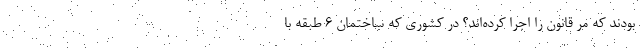
بودند که مُرّ قانون را اجرا کرده‌اند؟ در کشوری که ساختمان 6 طبقه با